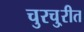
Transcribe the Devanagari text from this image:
चुरचु्रीत